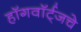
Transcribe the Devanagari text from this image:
हॉगवॉर्ट्‌जचे